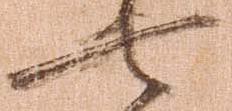
七